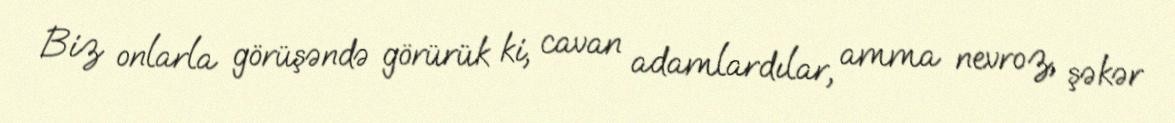
Biz onlarla görüşəndə görürük ki, cavan adamlardılar, amma nevroz, şəkər